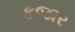
કજાર